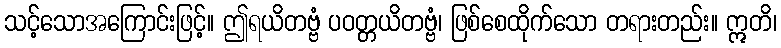
သင့်သောအကြောင်းဖြင့်။ ဤရယိတဗ္ဗံ ပဝတ္တယိတဗ္ဗံ၊ ဖြစ်စေထိုက်သော တရားတည်း။ ဣတိ၊